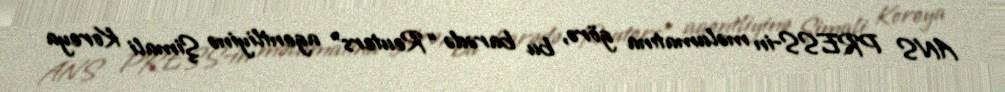
ANS PRESS-in məlumatına görə, bu barədə “Reuters” agentliyinə Şimali Koreya